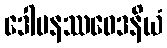
ဒေါမနဿဝေဒနိယံ